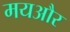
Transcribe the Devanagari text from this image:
मयऔर